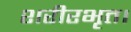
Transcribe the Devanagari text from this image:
शरीरभृत।